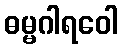
ဓမ္မဂါရဝေါ